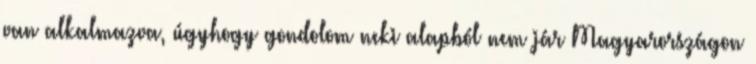
van alkalmazva, úgyhogy gondolom neki alapból nem jár Magyarországon